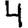
Digit: 4